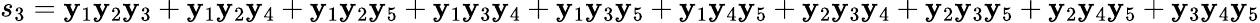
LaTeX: s_{3}=\mathbf{y}_{1}\mathbf{y}_{2}\mathbf{y}_{3}+\mathbf{y}_{1}\mathbf{y}_{2}\mathbf{y}_{4}+\mathbf{y}_{1}\mathbf{y}_{2}\mathbf{y}_{5}+\mathbf{y}_{1}\mathbf{y}_{3}\mathbf{y}_{4}+\mathbf{y}_{1}\mathbf{y}_{3}\mathbf{y}_{5}+\mathbf{y}_{1}\mathbf{y}_{4}\mathbf{y}_{5}+\mathbf{y}_{2}\mathbf{y}_{3}\mathbf{y}_{4}+\mathbf{y}_{2}\mathbf{y}_{3}\mathbf{y}_{5}+\mathbf{y}_{2}\mathbf{y}_{4}\mathbf{y}_{5}+\mathbf{y}_{3}\mathbf{y}_{4}\mathbf{y}_{5}